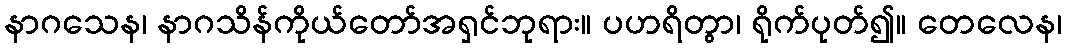
နာဂသေန၊ နာဂသိန်ကိုယ်တော်အရှင်ဘုရား။ ပဟရိတွာ၊ ရိုက်ပုတ်၍။ တေလေန၊